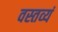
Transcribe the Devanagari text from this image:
वस्तव्यं